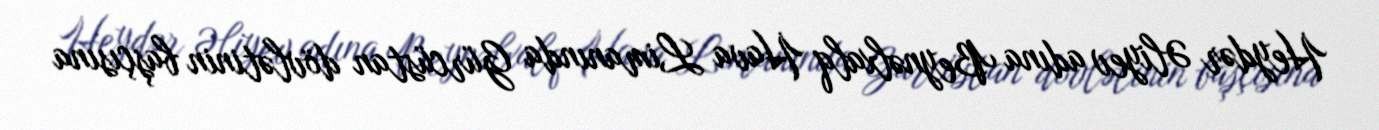
Heydər Əliyev adına Beynəlxalq Hava Limanında Gürcüstan dövlətinin başçısına